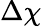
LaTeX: \Delta\chi